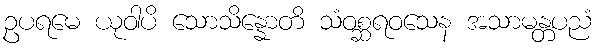
ဥပရမေ ယုဝါပိ သောသိန္နောတိ သံဝစ္ဆရဝသေန အသာမန္တပညံ